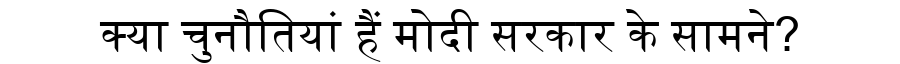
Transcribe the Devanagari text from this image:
क्या चुनौतियां हैं मोदी सरकार के सामने?